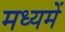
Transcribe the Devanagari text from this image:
मध्यमें